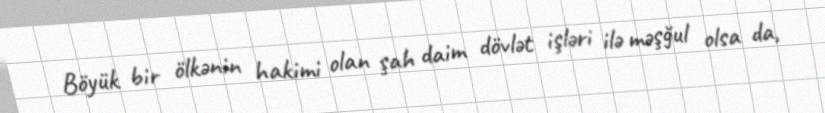
Böyük bir ölkənin hakimi olan şah daim dövlət işləri ilə məşğul olsa da,